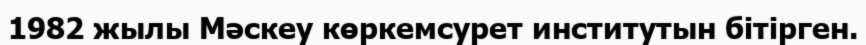
1982 жылы Мәскеу көркемсурет институтын бітірген.